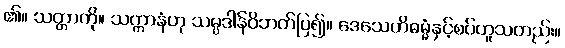
၏။ သတ္တာကို။ သက္ကာနံဟု သမ္ပဒါန်ဝိဘတ်ပြ၍။ ဒေသေဟိဓမ္မံနှင့်စပ်ဟူသတည်း။